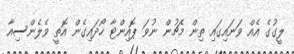
ލީގުގެ އެއް ވަނައިގައި ތިން މެޗުން ނުވަ ޕޮއިންޓާ ހޯދައިގެން އޮތީ ވެލެންސިއާ